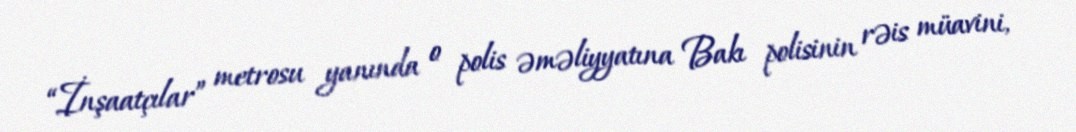
“İnşaatçılar” metrosu yanında o polis əməliyyatına Bakı polisinin rəis müavini,